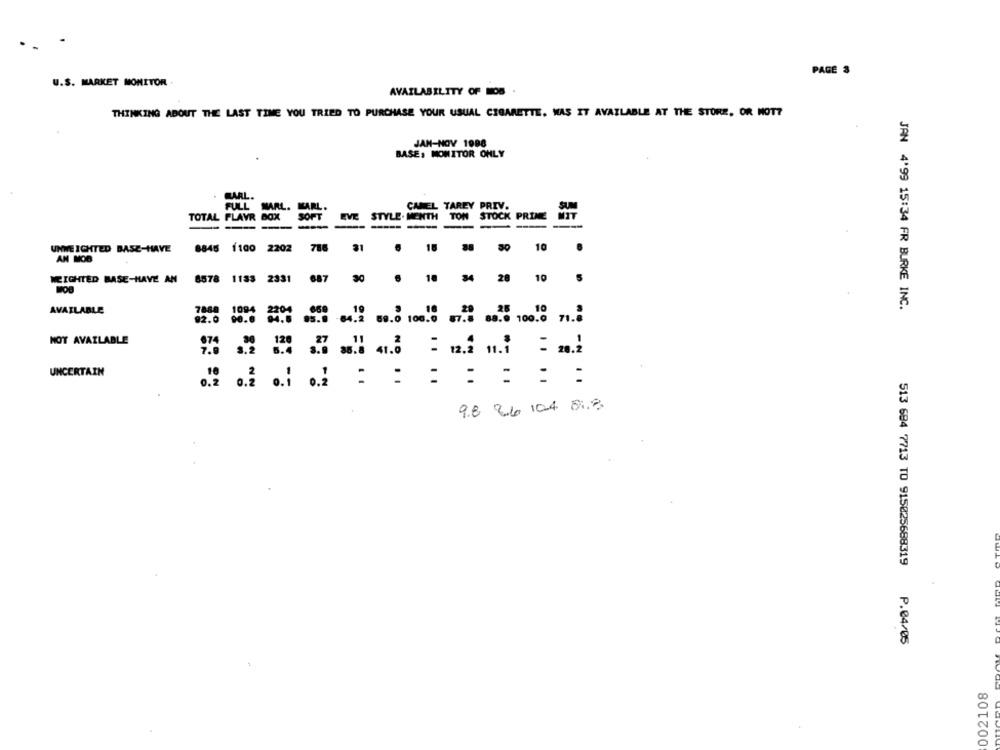
PAGE 3
U.S. MARKET MONITOR.
AVAILABILITY OF LOS .
THINKING ABOUT THE LAST TIME YOU TRIED TO PURCHASE YOUR USUAL CIGARETTE. WAS IT AVAILABLE AT THE STORE, OR NOT?
JAN-NOV 1998
BASE, MONITOR ONLY
. CARL.
FULL MARL. KARL.
CAMEL TAREY PRIV.
SU
TOTAL PLAYR BOX
SOFT
EVE STYLE. MENTH TON STOCK PRIME
MIT
---
---
----
--
UNWE IGHTED BASE-HAVE
8845 1100 2202 786 31
31
18
10
AN MOD
WEIGHTED BASE-HAVE AN 8578 1133 2331
687
30
10 34 20 10
7888 1084
JAN 4'99 15:34 FR BURKE INC.
AVAILABLE
1094
92.0 90.6
34.0 63.0 64.2 69.0 100.0 87.0 68.0 100.0
NOT AVAILABLE
UNCERTAIN
0.2 0.2 0.1 0.2 = = = = = = =
98 26 104 818
513 684 7713 TO 915025688319
P.04/05
002108